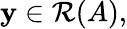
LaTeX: \mathbf{y}\in{\mathcal{{R}}}(A),